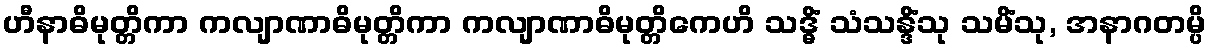
ဟီနာဓိမုတ္တိကာ ကလျာဏာဓိမုတ္တိကာ ကလျာဏာဓိမုတ္တိကေဟိ သဒ္ဓိံ သံသန္ဒိံသု သမိံသု, အနာဂတမ္ပိ